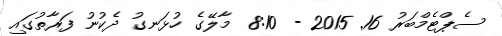
ސެޕްޓެމްބަރު 16